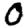
Digit: 0